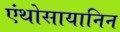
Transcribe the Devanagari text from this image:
एंथोसायानिन